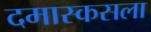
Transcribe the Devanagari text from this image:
दमास्कसला